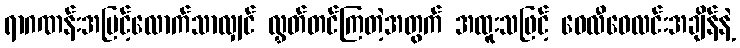
ရာဂဏန်းအမြင့်လောက်သာလျှင် လွှတ်တင်ကြတဲ့အတွက် အထူးသဖြင့် ဝေလီဝေလင်းအချိန်နဲ့